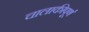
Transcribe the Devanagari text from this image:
चालाकीपूर्ण